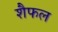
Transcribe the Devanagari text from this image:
शैफल